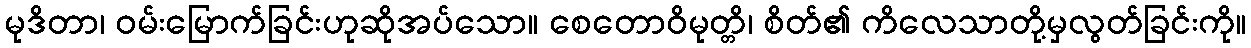
မုဒိတာ၊ ဝမ်းမြောက်ခြင်းဟုဆိုအပ်သော။ စေတောဝိမုတ္တိ၊ စိတ်၏ ကိလေသာတို့မှလွတ်ခြင်းကို။